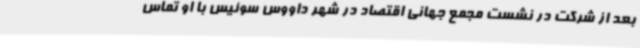
بعد از شرکت در نشست مجمع جهانی اقتصاد در شهر داووس سوئیس با او تماس